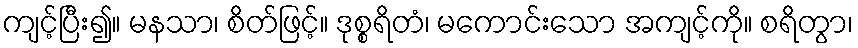
ကျင့်ပြီး၍။ မနသာ၊ စိတ်ဖြင့်။ ဒုစ္စရိတံ၊ မကောင်းသော အကျင့်ကို။ စရိတွာ၊